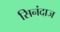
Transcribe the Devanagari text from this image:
सिनंदाज